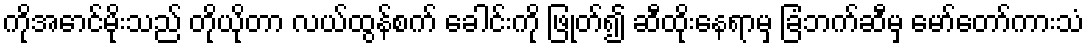
ကိုအောင်မိုးသည် တိုယိုတာ လယ်ထွန်စက် ခေါင်းကို ဖြုတ်၍ ဆီထိုးနေရာမှ ခြံဘက်ဆီမှ မော်တော်ကားသံ